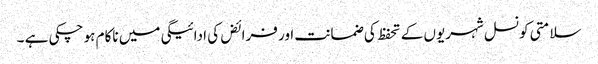
سلامتی کونسل شہریوں کے تحفظ کی ضمانت اور فرائض کی ادائیگی میں ناکام ہو چکی ہے ۔